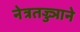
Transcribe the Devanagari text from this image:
नेत्रतज्ज्ञाने